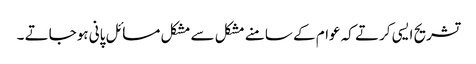
تشریح ایسی کرتے کہ عوام کے سامنے مشکل سے مشکل مسائل پانی ہوجاتے ۔